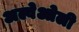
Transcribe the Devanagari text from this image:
अल्वेओली